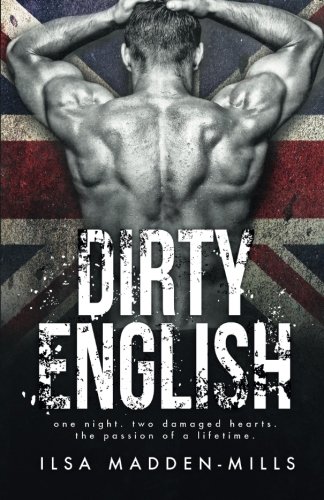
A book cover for Dirty English; Ilsa Madden-Mills; Romance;